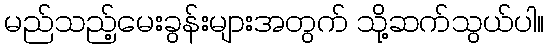
မည်သည့်မေးခွန်းများအတွက် သို့ဆက်သွယ်ပါ။